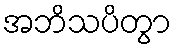
အဘိသပိတွာ